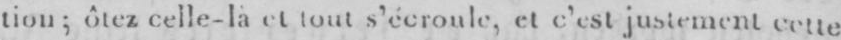
tion; ôtez celle-la et tout s’écroule, et c’est justementcette